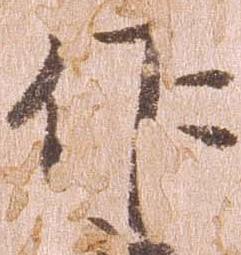
作